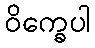
ဝိက္ခေပါ